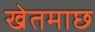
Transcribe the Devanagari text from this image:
खेतमाछ